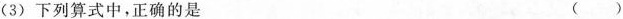
(3)下列算式中，正确的是 ()